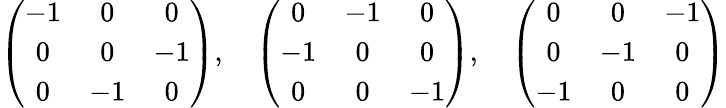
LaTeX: \left(\begin{array}{ccc}{{-1}}&{{0}}&{{0}}\\ {{0}}&{{0}}&{{-1}}\\ {{0}}&{{-1}}&{{0}}\end{array}\right),\quad\left(\begin{array}{ccc}{{0}}&{{-1}}&{{0}}\\ {{-1}}&{{0}}&{{0}}\\ {{0}}&{{0}}&{{-1}}\end{array}\right),\quad\left(\begin{array}{ccc}{{0}}&{{0}}&{{-1}}\\ {{0}}&{{-1}}&{{0}}\\ {{-1}}&{{0}}&{{0}}\end{array}\right)